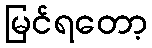
မြင်ရတော့